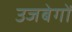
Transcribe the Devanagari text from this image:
उजबेगों